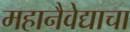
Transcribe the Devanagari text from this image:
महानैवेद्याचा